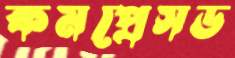
কমপ্রেসড